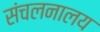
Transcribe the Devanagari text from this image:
संचलनालय